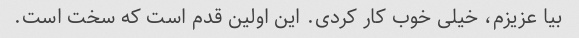
بیا عزیزم، خیلی خوب کار کردی. این اولین قدم است که سخت است.